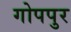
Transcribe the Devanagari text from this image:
गोपपुर